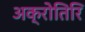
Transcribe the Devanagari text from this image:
अक्रोतिरि